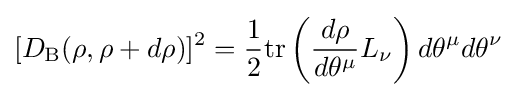
[D_{\text{B}}(\rho ,\rho +d\rho )]^{2}={\frac {1}{2}}{\mbox{tr}}\left({\frac {d\rho }{d\theta ^{\mu }}}L_{\nu }\right)d\theta ^{\mu }d\theta ^{\nu }